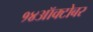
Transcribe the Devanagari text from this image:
१४ऑक्टोबर